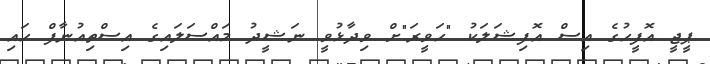
ޕީޖީ އޮފީހުގެ އިސް އޮފިޝަލަކު "ހަވީރަ"ށް ވިދާޅުވީ ނަޝީދު މައްސަލައިގެ އިސްތިއުނާފް ހައި